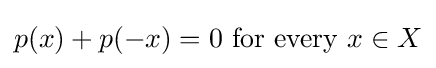
p(x)+p(-x)=0{\text{ for every }}x\in X